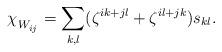
LaTeX: \begin{align*}\chi_{W_{ij}^{\phantom{+}}} = {\displaystyle \sum_{k,l} (\zeta^{ik+jl}+\zeta^{il+jk})s_{kl}.}\end{align*}